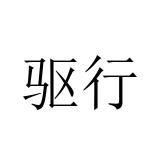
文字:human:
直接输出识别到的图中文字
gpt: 驱行